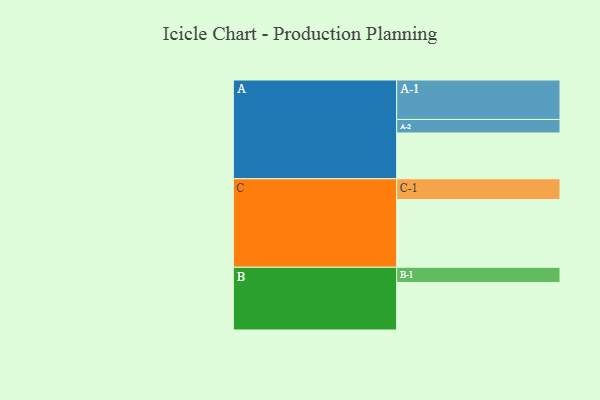
{"axis": {"x": "Segment", "y": "Value"}, "legend": ["", "A", "B", "C"], "data": [{"x": "A", "y": 305, "type": ""}, {"x": "B", "y": 317, "type": ""}, {"x": "C", "y": 451, "type": ""}, {"x": "A-1", "y": 263, "type": "A"}, {"x": "A-2", "y": 90, "type": "A"}, {"x": "B-1", "y": 101, "type": "B"}, {"x": "C-1", "y": 139, "type": "C"}]}